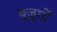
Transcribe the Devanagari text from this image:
बुजूर्गों